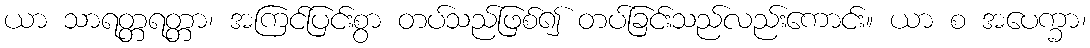
ယာ သာရတ္တရတ္တာ၊ အကြင်ပြင်းစွာ တပ်သည်ဖြစ်၍ တပ်ခြင်းသည်လည်းကောင်း။ ယာ စ အပေက္ခာ၊